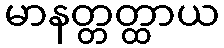
မာနတ္တတ္ထာယ